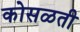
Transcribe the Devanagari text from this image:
कोसळती